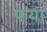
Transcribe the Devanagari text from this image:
फया